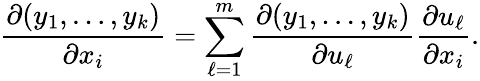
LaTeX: {\frac{\partial(y_{1},\ldots,y_{k})}{\partial x_{i}}}=\sum_{\ell=1}^{m}{\frac{\partial(y_{1},\ldots,y_{k})}{\partial u_{\ell}}}{\frac{\partial u_{\ell}}{\partial x_{i}}}.